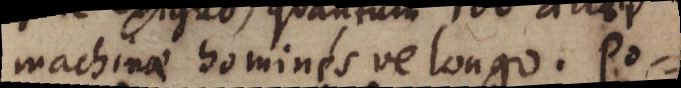
machinae hominesve longo. Po-